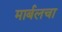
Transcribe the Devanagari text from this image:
मार्बलचा